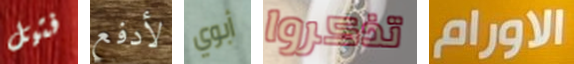
فتيل لأدفع أبوي تذكروا الاورام